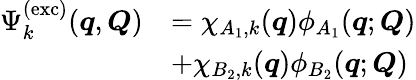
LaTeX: \begin{array}{rl}{\Psi_{k}^{\mathrm{(exc)}}(\boldsymbol{q},\boldsymbol{Q})}&{=\chi_{A_{1},k}(\boldsymbol{q})\phi_{A_{1}}(\boldsymbol{q};\boldsymbol{Q})}\\ &{+\chi_{B_{2},k}(\boldsymbol{q})\phi_{B_{2}}(\boldsymbol{q};\boldsymbol{Q})}\end{array}